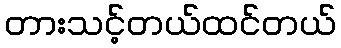
တားသင့်တယ်ထင်တယ်